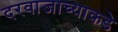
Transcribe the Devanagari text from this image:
दरवाजाच्याकडे